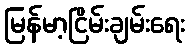
မြန်မာ့ငြိမ်းချမ်းရေး